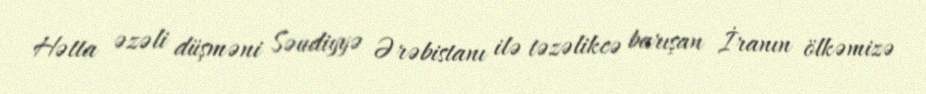
Hətta əzəli düşməni Səudiyyə Ərəbistanı ilə təzəlikcə barışan İranın ölkəmizə